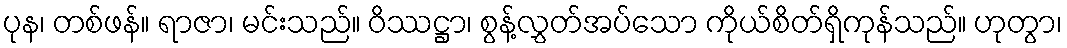
ပုန၊ တစ်ဖန်။ ရာဇာ၊ မင်းသည်။ ဝိဿဋ္ဌာ၊ စွန့်လွှတ်အပ်သော ကိုယ်စိတ်ရှိကုန်သည်။ ဟုတွာ၊